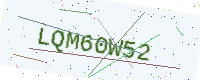
Text: LQM60W52